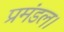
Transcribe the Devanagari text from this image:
प्रमंडल।